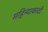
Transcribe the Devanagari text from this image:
महिन्याकाठी